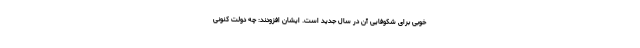
خوبی برای شکوفایی آن در سال جدید است. ایشان افزودند: چه دولت کنونی